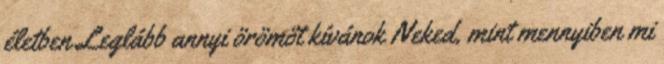
életben Leglább annyi örömöt kívánok Neked, mint mennyiben mi